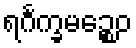
ရင်္ဂက္ခမဉ္စေဝ